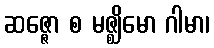
ဆဇ္ဇော စ မဇ္ဈိမော ဂါမာ၊